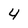
Character: 4